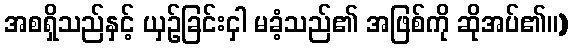
အစရှိသည်နှင့် ယှဉ်ခြင်းငှါ မခံ့သည်၏ အဖြစ်ကို ဆိုအပ်၏။)